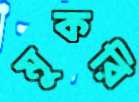
মুকরি